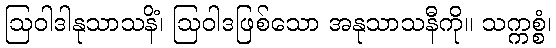
ဩဝါဒါနုသာသနိံ၊ ဩဝါဒဖြစ်သော အနုသာသနီကို။ သက္ကစ္စံ၊